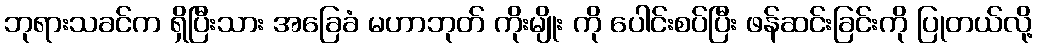
ဘုရားသခင်က ရှိပြီးသား အခြေခံ မဟာဘုတ် ကိုးမျိုး ကို ပေါင်းစပ်ပြီး ဖန်ဆင်းခြင်းကို ပြုတယ်လို့